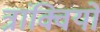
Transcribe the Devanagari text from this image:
त्रांक्वियो